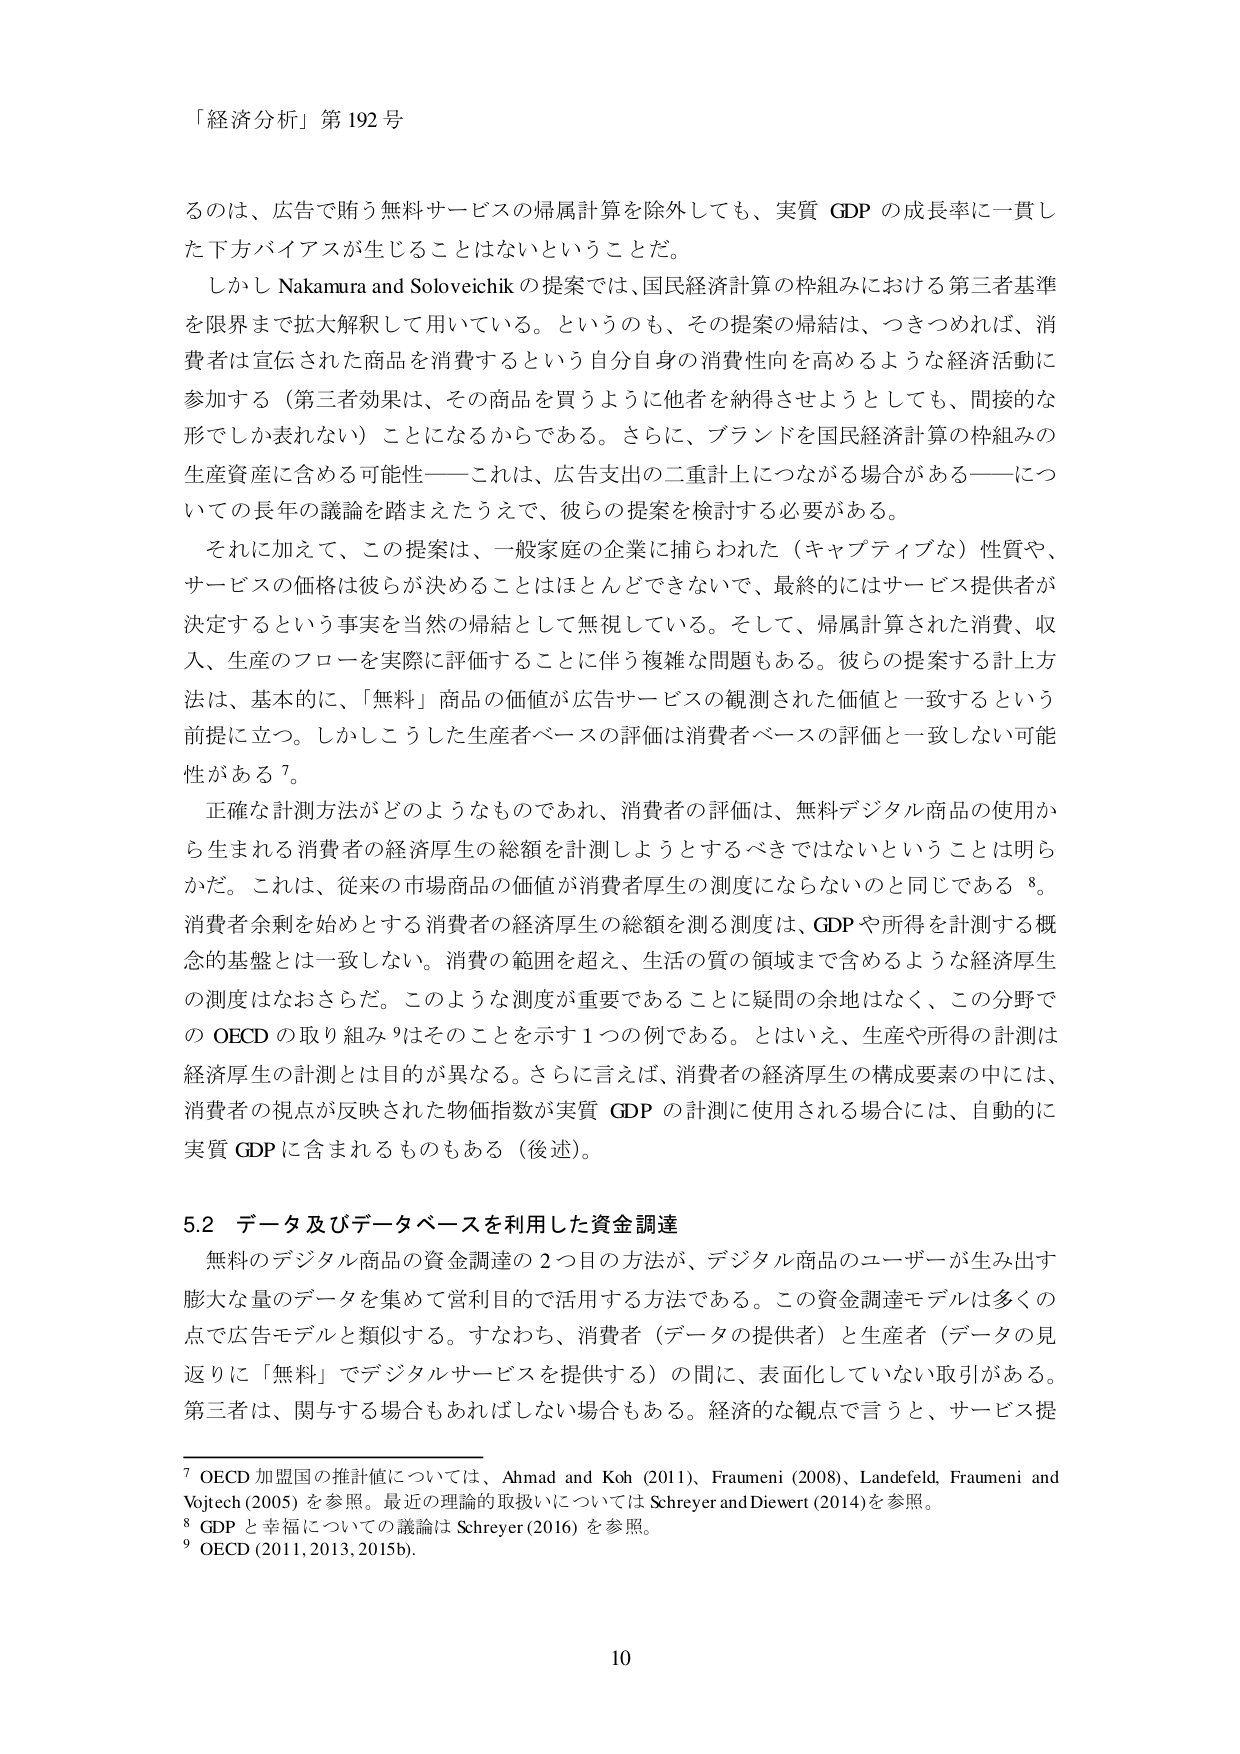
「経済分析」第192号

るのは、広告で賄う無料サービスの帰属計算を除外しても、実質 GDP の成長率に一貫した下方バイアスが生じることはないということだ。

しかし Nakamura and Soloveichik の提案では、国民経済計算の枠組みにおける第三者基準を限界まで拡大解釈して用いている。というのも、その提案の帰結は、つきつめれば、消費者は宣伝された商品を消費するという自分自身の消費性向を高めるような経済活動に参加する（第三者効果は、その商品を買うように他者を納得させようとしても、間接的な形でしか表れない）ことになるからである。さらに、ブランドを国民経済計算の枠組みの生産資産に含める可能性――これは、広告支出の二重計上につながる場合がある――についての長年の議論を踏まえたうえで、彼らの提案を検討する必要がある。

それに加えて、この提案は、一般家庭の企業に捕らわれた（キャプティブな）性質や、サービスの価格は彼らが決めることはほとんどできないで、最終的にはサービス提供者が決定するという事実を当然の帰結として無視している。そして、帰属計算された消費、収入、生産のフローを実際に評価することに伴う複雑な問題もある。彼らの提案する計上方法は、基本的に、「無料」商品の価値が広告サービスの観測された価値と一致するという前提に立つ。しかしこうした生産者ベースの評価は消費者ベースの評価と一致しない可能性がある7。

正確な計測方法がどのようなものであれ、消費者の評価は、無料デジタル商品の使用から生まれる消費者の経済厚生の総額を計測しようとするべきではないということは明らかだ。これは、従来の市場商品の価値が消費者厚生の測度にならないのと同じである8。消費者余剰を始めとする消費者の経済厚生の総額を測る測度は、GDP や所得を計測する概念的基盤とは一致しない。消費の範囲を超え、生活の質の領域まで含めるような経済厚生の測度はなおさらだ。このような測度が重要であることに疑問の余地はなく、この分野での OECD の取り組み9はそのことを示す1つの例である。とはいえ、生産や所得の計測は経済厚生の計測とは目的が異なる。さらに言えば、消費者の経済厚生の構成要素の中には、消費者の視点が反映された物価指数が実質 GDP の計測に使用される場合には、自動的に実質 GDP に含まれるものもある（後述）。

5.2 データ及びデータベースを利用した資金調達

無料のデジタル商品の資金調達の2つ目の方法が、デジタル商品のユーザーが生み出す膨大な量のデータを集めて営利目的で活用する方法である。この資金調達モデルは多くの点で広告モデルと類似する。すなわち、消費者（データの提供者）と生産者（データの見返りに「無料」でデジタルサービスを提供する）の間に、表面化していない取引がある。第三者は、関与する場合もあればしない場合もある。経済的な観点で言うと、サービス提

7 OECD 加盟国の推計値については、Ahmad and Koh (2011)、Fraumeni (2008)、Lanefeld, Fraumeni and Vojtech (2005) を参照。最近の理論的取扱いについては Schreyer and Diewert (2014) を参照。
8 GDP と幸福についての議論は Schreyer (2016) を参照。
9 OECD (2011, 2013, 2015b).

10